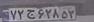
۷۲ج۶۲۸۵۳